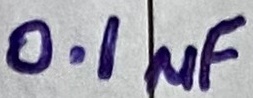
Text: 0.1µF